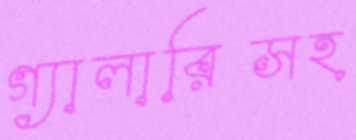
গ্যালারিসহ